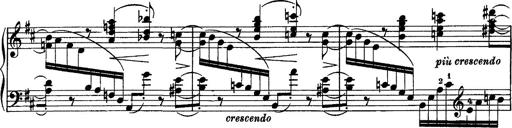
Title: Piano Sonata
Composer: Karl HÃ¤ssler
Key: C major